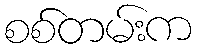
စစ်တမ်းက